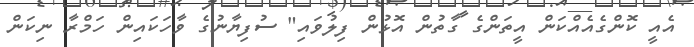
އެއީ ކޮންގެއެއްކަން އީތަންގެ ގާތުން އޮޅުން ފިލުވައި" ސުފިޔާނުގެ ވާހަކައިން ހަމްރާ ނިކަން